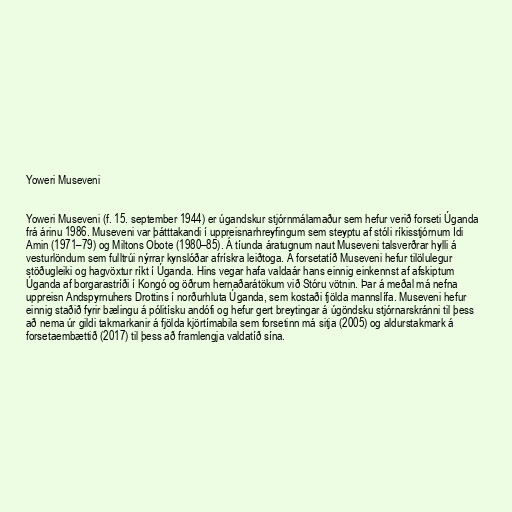
Yoweri Museveni

Yoweri Museveni (f. 15. september 1944) er úgandskur stjórnmálamaður sem hefur verið forseti Úganda
frá árinu 1986. Museveni var þátttakandi í uppreisnarhreyfingum sem steyptu af stóli ríkisstjórnum Idi
Amin (1971–79) og Miltons Obote (1980–85). Á tíunda áratugnum naut Museveni talsverðrar hylli á
vesturlöndum sem fulltrúi nýrrar kynslóðar afrískra leiðtoga. Á forsetatíð Museveni hefur tilölulegur
stöðugleiki og hagvöxtur ríkt í Úganda. Hins vegar hafa valdaár hans einnig einkennst af afskiptum
Úganda af borgarastríði í Kongó og öðrum hernaðarátökum við Stóru vötnin. Þar á meðal má nefna
uppreisn Andspyrnuhers Drottins í norðurhluta Úganda, sem kostaði fjölda mannslífa. Museveni hefur
einnig staðið fyrir bælingu á pólitísku andófi og hefur gert breytingar á úgöndsku stjórnarskránni til þess
að nema úr gildi takmarkanir á fjölda kjörtímabila sem forsetinn má sitja (2005) og aldurstakmark á
forsetaembættið (2017) til þess að framlengja valdatíð sína.